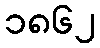
၁၈၆၂